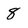
Character: 8